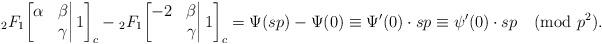
LaTeX: \begin{align*}&{}_2F_1\bigg[\begin{matrix}\alpha&\beta\\&\gamma\end{matrix}\bigg|\,1\bigg]_{c}-{}_2F_1\bigg[\begin{matrix}-2&\beta\\&\gamma\end{matrix}\bigg|\,1\bigg]_{c}=\Psi(sp)-\Psi(0)\equiv\Psi'(0)\cdot sp\equiv\psi'(0)\cdot sp\pmod{p^2}.\end{align*}